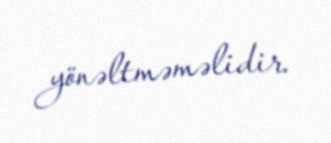
yönəltməməlidir.